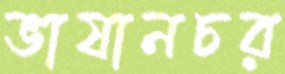
ভাষানচর